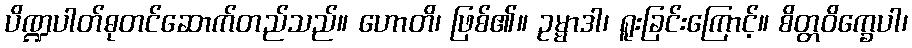
ပိဏ္ဍပါတ်ဓုတင်ဆောက်တည်သည်။ ဟောတိ၊ ဖြစ်၏။ ဥမ္မာဒါ၊ ရူးခြင်းကြောင့်။ စိတ္တဝိက္ခေပါ၊